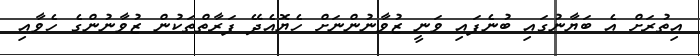
އިތުރަށް އެ ބަޔާނުގައި ބުނެފައި ވަނީ ޒުވާނުންނަށް ހެޔޮއެދޭ ފަރާތްތަކުން ޒުވާނުންގެ ހެވާއި